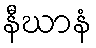
နီဃာနံ